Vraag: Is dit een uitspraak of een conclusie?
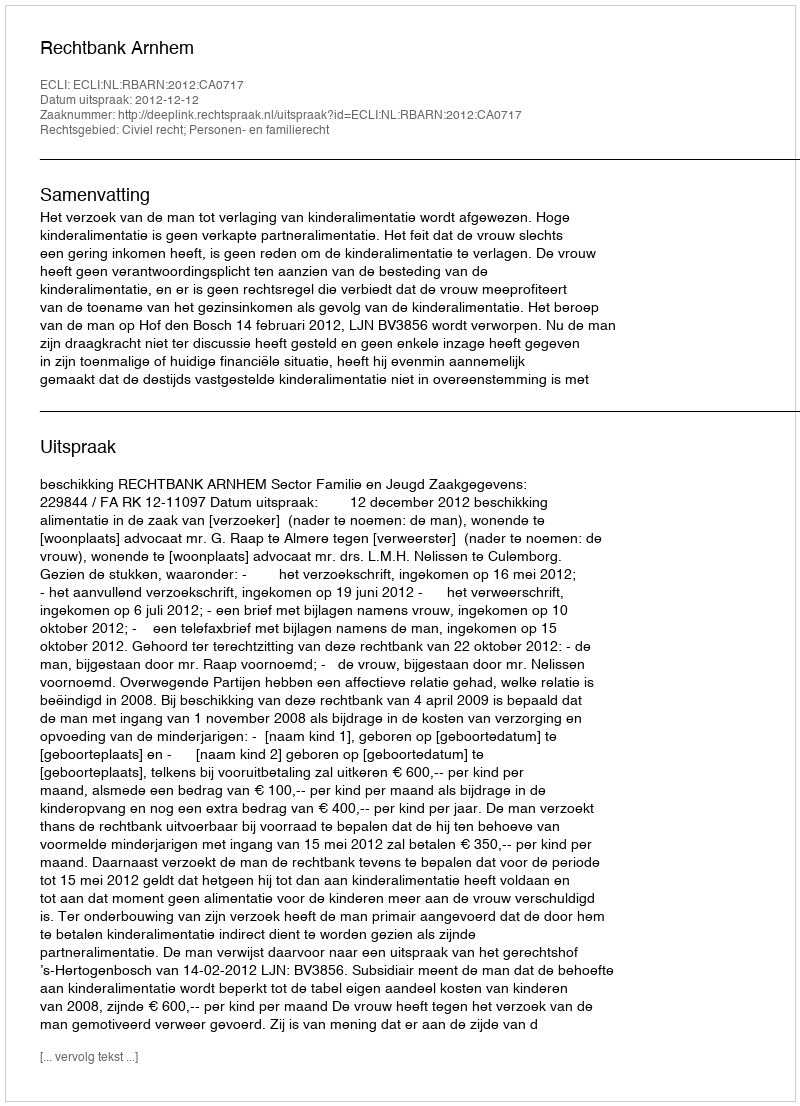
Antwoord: Uitspraak